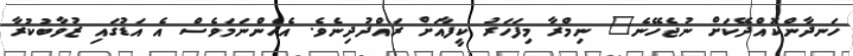
ހަނދާންކޮއްދޭކަށް ނުޖެހޭނެ" ނިމްރާ މިފަހަރު ކީފާއަށް ރައްދުދިނެވެ. އެހެންނަމަވެސް އެ އަޑުގައި ޒުވާބުކުރާ